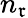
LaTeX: n_{\mathfrak{r}}